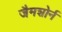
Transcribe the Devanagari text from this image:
जैमशोर्न